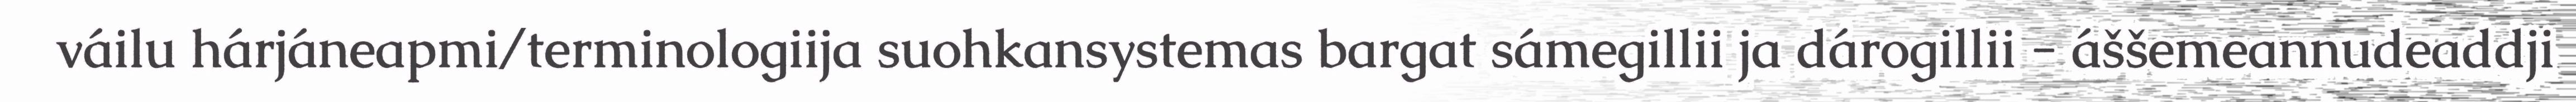
váilu hárjáneapmi/terminologiija suohkansystemas bargat sámegillii ja dárogillii - áššemeannudeaddji